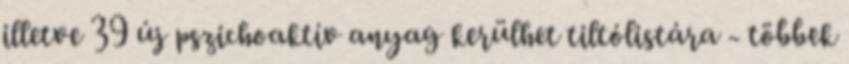
illetve 39 új pszichoaktív anyag kerülhet tiltólistára - többek